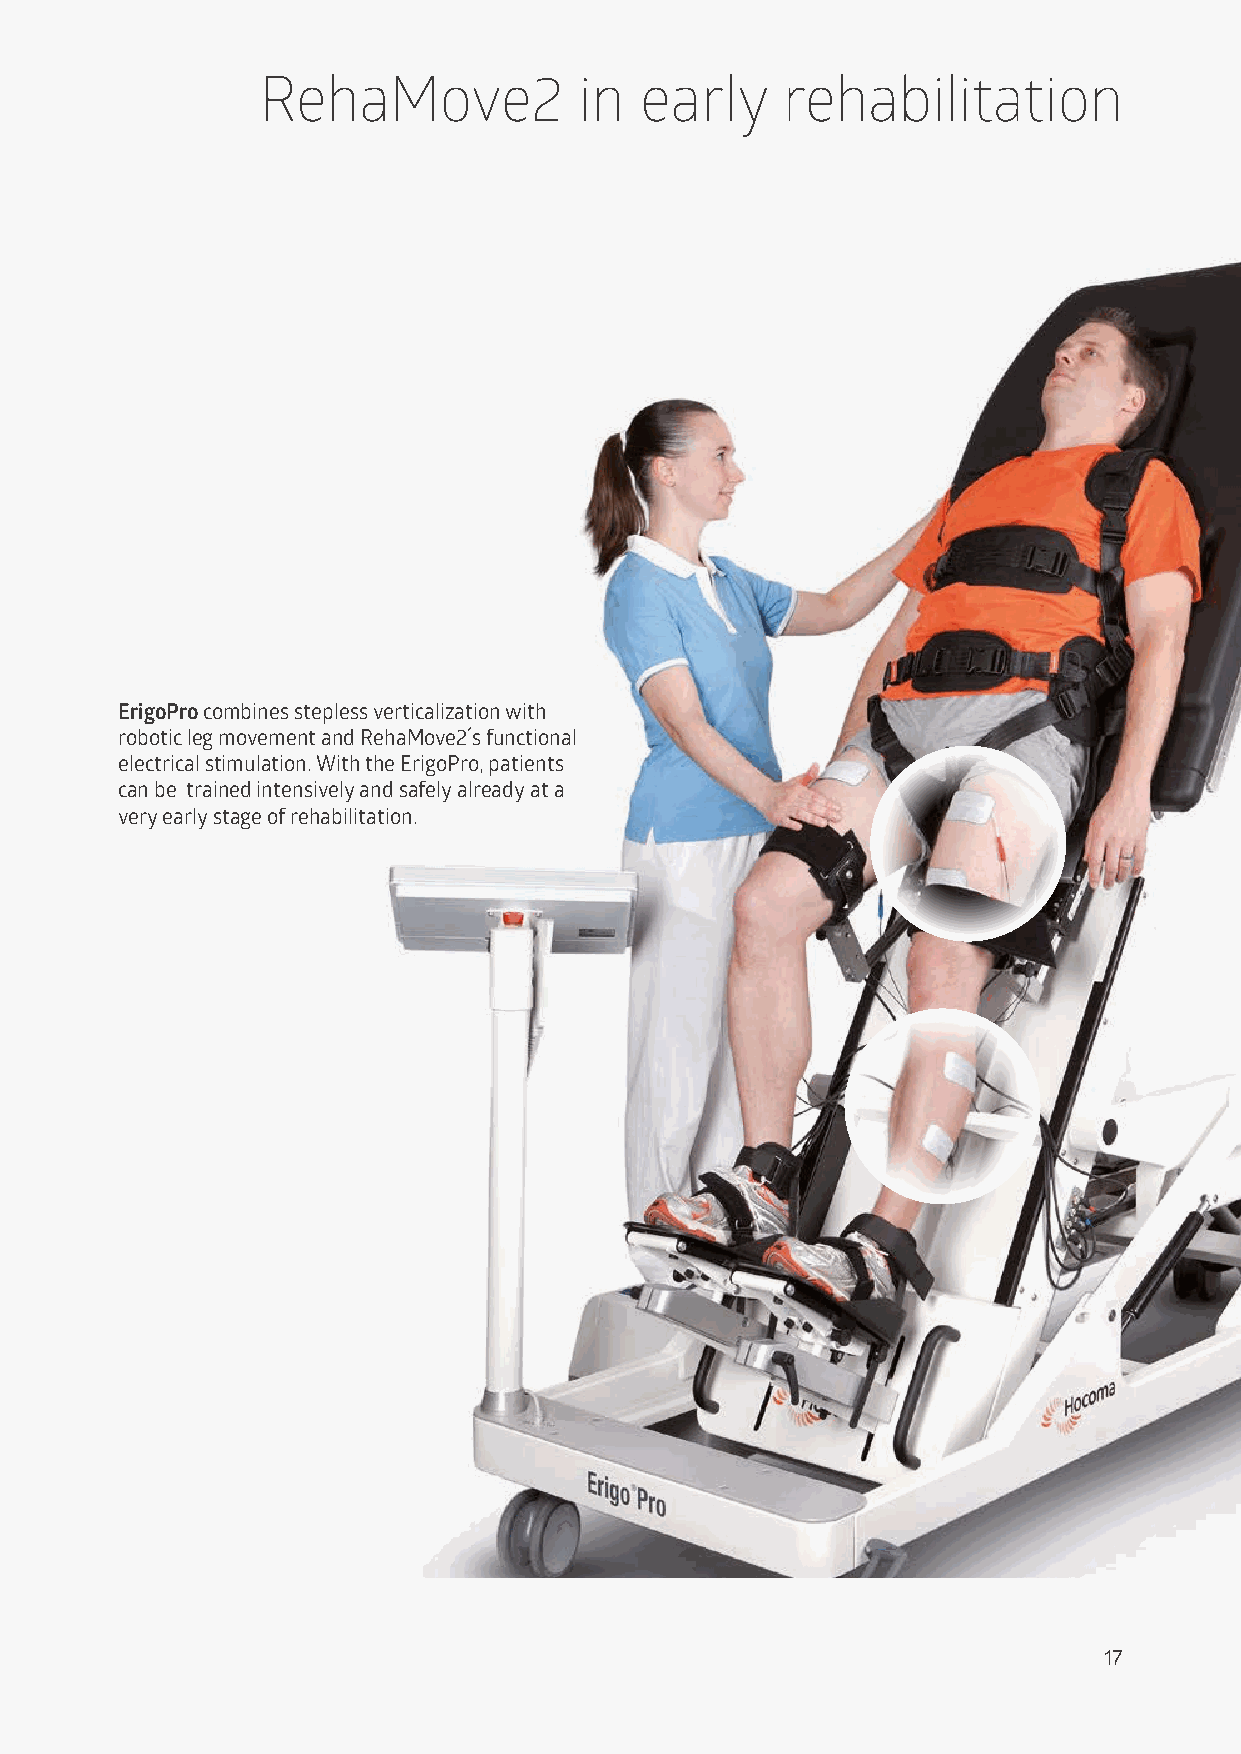
RehaMove2            in  early     rehabilitation
 ErigoPro combines stepless verticalization with
 robotic leg movement and RehaMove2´s functional
 electrical stimulation. With the ErigoPro, patients
 can be trained intensively and safely already at a
 very early stage of rehabilitation.
 17